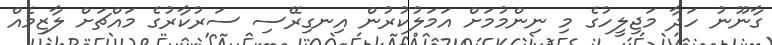
ގާނޫނު ހަދާ މަޖިލީހުގެ މި ނިންމުމަށް އަމަލުކުރުން އިނގިރޭސި ސަރުކާރުގެ މައްޗަށް ލާޒިމެއް